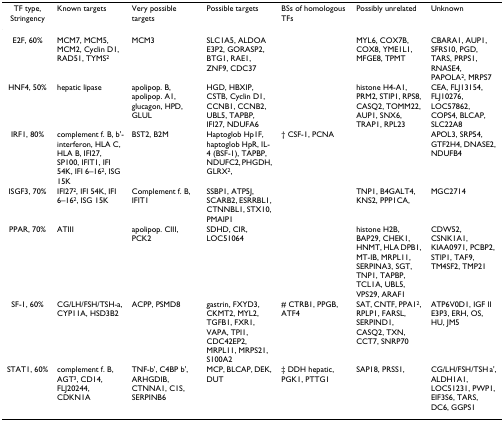
<table><thead><tr><td><b>TF type, Stringency</b></td><td><b>Known targets</b></td><td><b>Very possible targets</b></td><td><b>Possible targets</b></td><td><b>BSs of homologous TFs</b></td><td><b>Possibly unrelated</b></td><td><b>Unknown</b></td></tr></thead><tbody><tr><td>E2F, 60%</td><td>MCM7, MCM5, MCM2, Cyclin D1, RAD51, TYMS<sup>2</sup></td><td>MCM3</td><td>SLC1A5, ALDOA E3P2, GORASP2, BTG1, RAE1, ZNF9, CDC37</td><td></td><td>MYL6, COX7B, COX8, YME1L1, MFGE8, TPMT</td><td>CBARA1, AUP1, SFRS10, PGD, TARS, PRPS1, RNASE4, PAPOLA<sup>2</sup>, MRPS7</td></tr><tr><td>HNF4, 50%</td><td>hepatic lipase</td><td>apolipop. B, apolipop. A1, glucagon, HPD, GLUL</td><td>HGD, HBXIP, CSTB, Cyclin D1, CCNB1, CCNB2, UBL5, TAPBP, IFI27, NDUFA6</td><td></td><td>histone H4-A1, PRM2, STIP1, RPS8, CASQ2, TOMM22, AUP1, SNX6, TRAP1, RPL23</td><td>CEA, FLJ13154, FLJ10276, LOC57862, COPS4, BLCAP, SLC22A8</td></tr><tr><td>IRF1, 80%</td><td>complement f. B, b&#x27;-interferon, HLA C, HLA B, IFI27, SP100, IFIT1, IFI 54K, IFI 6–16<sup>2</sup>, ISG 15K</td><td>BST2, B2M</td><td>Haptoglob Hp1F, haptoglob HpR, IL-4 (BSF-1), TAPBP, NDUFC2, PHGDH, GLRX<sup>2</sup>,</td><td>† CSF-1, PCNA</td><td></td><td>APOL3, SRP54, GTF2H4, DNASE2, NDUFB4</td></tr><tr><td>ISGF3, 70%</td><td>IFI27<sup>2</sup>, IFI 54K, IFI 6–16<sup>2</sup>, ISG 15K</td><td>Complement f. B, IFIT1</td><td>SSBP1, ATP5J, SCARB2, ESRRBL1, CTNNBL1, STX10, PMAIP1</td><td></td><td>TNP1, B4GALT4, KNS2, PPP1CA,</td><td>MGC2714</td></tr><tr><td>PPAR, 70%</td><td>ATIII</td><td>apolipop. CIII, PCK2</td><td>SDHD, CIR, LOC51064</td><td></td><td>histone H2B, BAP29, CHEK1, HNMT, HLA DPB1, MT-IB, MRPL11, SERPINA3, SGT, TNP1, TAPBP, TCL1A, UBL5, VPS29, ARAF1</td><td>CDW52, CSNK1A1, KIAA0971, PCBP2, STIP1, TAF9, TM4SF2, TMP21</td></tr><tr><td>SF-1, 60%</td><td>CG/LH/FSH/TSH-a, CYP11A, HSD3B2</td><td>ACPP, PSMD8</td><td>gastrin, FXYD3, CKMT2, MYL2, TGFB1, FXR1, VAPA, TPI1, CDC42EP2, MRPL11, MRPS21, S100A2</td><td># CTRB1, PPGB, ATF4</td><td>SAT, CNTF, PPA1<sup>2</sup>, RPLP1, FARSL, SERPIND1, CASQ2, TXN, CCT7, SNRP70</td><td>ATP6V0D1, IGF II E3P3, ERH, OS, HU, JM5</td></tr><tr><td>STAT1, 60%</td><td>complement f. B, AGT<sup>3</sup>, CD14, FLJ20244, CDKN1A</td><td>TNF-b&#x27;, C4BP b&#x27;, ARHGDIB, CTNNA1, C1S, SERPINB6</td><td>MCP, BLCAP, DEK, DUT</td><td>‡ DDH hepatic, PGK1, PTTG1</td><td>SAP18, PRSS1,</td><td>CG/LH/FSH/TSH a&#x27;, ALDH1A1, LOC51231, PWP1, EIF3S6, TARS, DC6, GGPS1</td></tr></tbody></table>